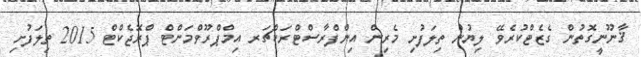
ޤާނޫނީގޮތުން ގެޒެޓްކުރެވޭ ލިޔުން ތިލަފުށި މެރިން އިންފްރާސްޓްރަކްޗަރ އިމްޕްރޫވްމަންޓް ޕްރޮޖެކްޓް 2015 ތިލަފުށި